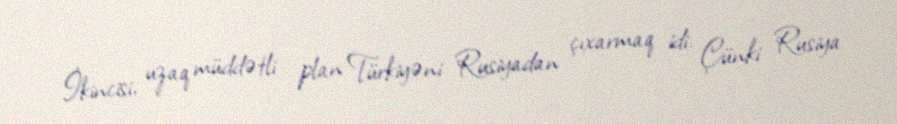
İkincisi, uzaq müddətli plan Türkiyəni Rusiyadan çıxarmaq idi. Çünki Rusiya